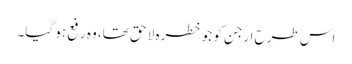
اس طرح ارجن کو جو خطرہ لا حق تھا، وہ رفع ہو گیا۔